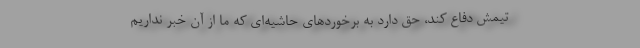
تیمش دفاع کند، حق دارد به برخوردهای حاشیه‌ای که ما از آن خبر نداریم